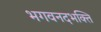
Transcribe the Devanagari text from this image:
भगवनदभक्ति